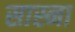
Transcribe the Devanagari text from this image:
सास्ना